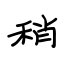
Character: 稍